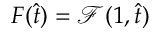
F ( \hat { t } ) = \mathcal { F } ( 1 , \hat { t } )